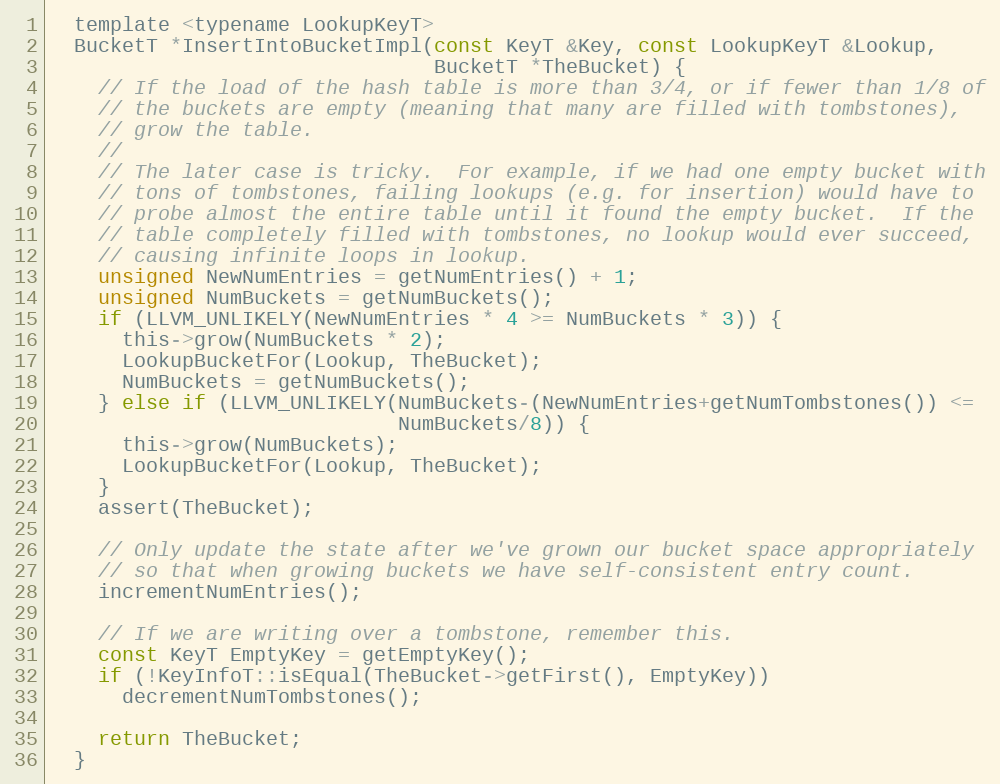
Language: C
  template <typename LookupKeyT>
  BucketT *InsertIntoBucketImpl(const KeyT &Key, const LookupKeyT &Lookup,
                                BucketT *TheBucket) {
    // If the load of the hash table is more than 3/4, or if fewer than 1/8 of
    // the buckets are empty (meaning that many are filled with tombstones),
    // grow the table.
    //
    // The later case is tricky.  For example, if we had one empty bucket with
    // tons of tombstones, failing lookups (e.g. for insertion) would have to
    // probe almost the entire table until it found the empty bucket.  If the
    // table completely filled with tombstones, no lookup would ever succeed,
    // causing infinite loops in lookup.
    unsigned NewNumEntries = getNumEntries() + 1;
    unsigned NumBuckets = getNumBuckets();
    if (LLVM_UNLIKELY(NewNumEntries * 4 >= NumBuckets * 3)) {
      this->grow(NumBuckets * 2);
      LookupBucketFor(Lookup, TheBucket);
      NumBuckets = getNumBuckets();
    } else if (LLVM_UNLIKELY(NumBuckets-(NewNumEntries+getNumTombstones()) <=
                             NumBuckets/8)) {
      this->grow(NumBuckets);
      LookupBucketFor(Lookup, TheBucket);
    }
    assert(TheBucket);

    // Only update the state after we've grown our bucket space appropriately
    // so that when growing buckets we have self-consistent entry count.
    incrementNumEntries();

    // If we are writing over a tombstone, remember this.
    const KeyT EmptyKey = getEmptyKey();
    if (!KeyInfoT::isEqual(TheBucket->getFirst(), EmptyKey))
      decrementNumTombstones();

    return TheBucket;
  }